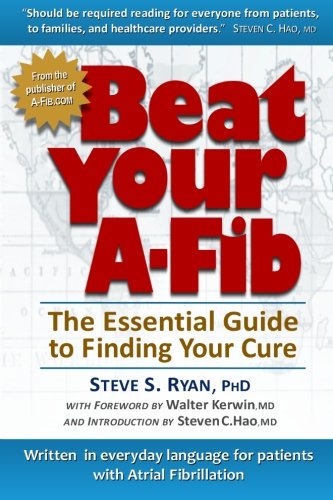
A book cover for Beat Your A-Fib: The Essential Guide to Finding Your Cure: Written in everyday language for patients with Atrial Fibrillation; Steve S Ryan PhD; Health, Fitness & Dieting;